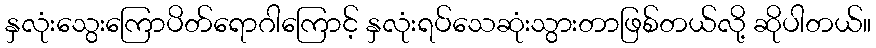
နှလုံးသွေးကြောပိတ်ရောဂါကြောင့် နှလုံးရပ်သေဆုံးသွားတာဖြစ်တယ်လို့ ဆိုပါတယ်။